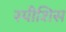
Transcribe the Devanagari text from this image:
स्पीशिस